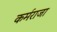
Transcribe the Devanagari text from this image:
कर्मराजा